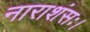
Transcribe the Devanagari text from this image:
नाराशंसः।